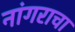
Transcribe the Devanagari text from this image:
नांगराचा